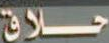
حلاق